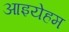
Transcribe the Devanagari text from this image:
आइयेहम